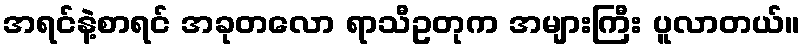
အရင်နဲ့စာရင် အခုတလော ရာသီဥတုက အများကြီး ပူလာတယ်။